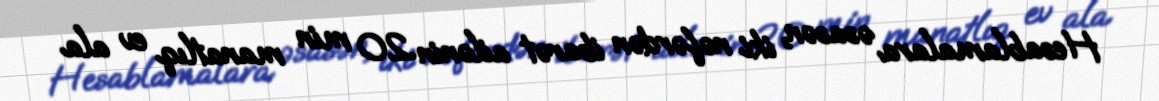
Hesablamalara əsasən, iki nəfərdən ibarət ailənin 20 min manatlıq ev ala